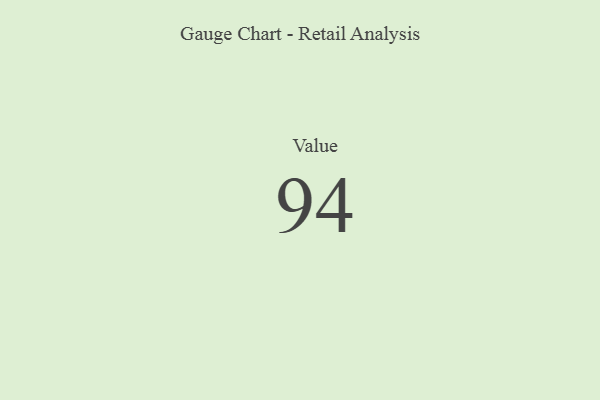
{"axis": {"x": "Metric", "y": "Value"}, "legend": [""], "data": [{"x": "Value", "y": 94, "type": ""}]}